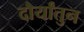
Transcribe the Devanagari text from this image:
दौर्यांतुन